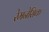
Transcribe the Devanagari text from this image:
रेमनेसिक